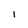
Character: 1